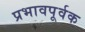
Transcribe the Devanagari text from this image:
प्रभावपूर्वक